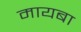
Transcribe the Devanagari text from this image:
मायबा